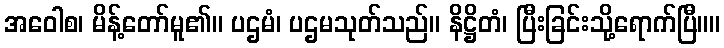
အဝေါစ၊ မိန့်တော်မူ၏။ ပဌမံ၊ ပဌမသုတ်သည်။ နိဋ္ဌိတံ၊ ပြီးခြင်းသို့ရောက်ပြီ။။